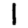
Digit: 1